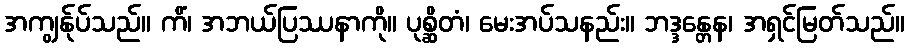
အကျွန်ုပ်သည်။ ကိံ၊ အဘယ်ပြဿနာကို။ ပုစ္ဆိတံ၊ မေးအပ်သနည်း။ ဘဒ္ဒန္တေန၊ အရှင်မြတ်သည်။